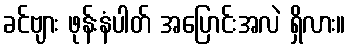
ခင်ဗျား ဖုန်းနံပါတ် အပြောင်းအလဲ ရှိလား။